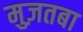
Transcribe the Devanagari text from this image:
मुज़तबा